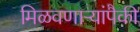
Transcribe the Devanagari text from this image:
मिळवणाऱ्यांपैकी